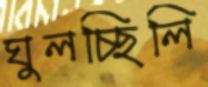
ঘুলচ্ছিলি